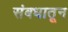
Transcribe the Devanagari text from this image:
संबधातून